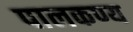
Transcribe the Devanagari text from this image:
पालकण्य